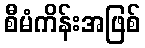
စီမံကိန်းအဖြစ်